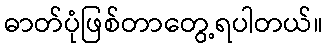
ဓာတ်ပုံဖြစ်တာတွေ့ရပါတယ်။